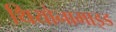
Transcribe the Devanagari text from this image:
थियोनामाइड